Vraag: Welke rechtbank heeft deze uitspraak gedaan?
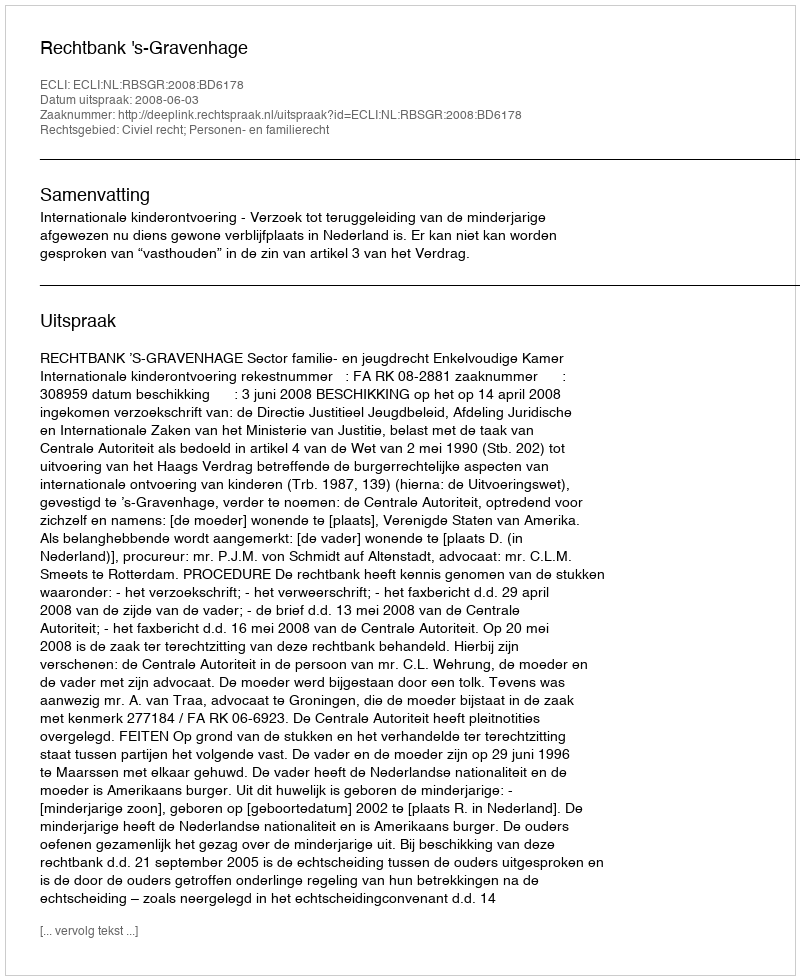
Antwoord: Rechtbank 's-Gravenhage